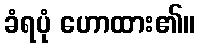
ခံရပုံ ဟောထား၏။